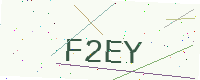
Text: F2EY